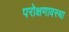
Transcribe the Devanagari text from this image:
परोक्षणावस्था